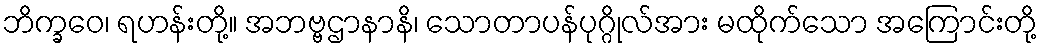
ဘိက္ခဝေ၊ ရဟန်းတို့။ အဘဗ္ဗဌာနာနိ၊ သောတာပန်ပုဂ္ဂိုလ်အား မထိုက်သော အကြောင်းတို့